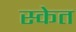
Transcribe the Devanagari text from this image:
स्केत